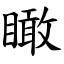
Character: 瞰